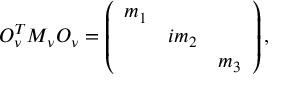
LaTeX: O _ { \nu } ^ { T } M _ { \nu } O _ { \nu } = \left( \begin{array} { c c c } { { m _ { 1 } } } & { { } } & { { } } \\ { { } } & { { i m _ { 2 } } } & { { } } \\ { { } } & { { } } & { { m _ { 3 } } } \end{array} \right) ,